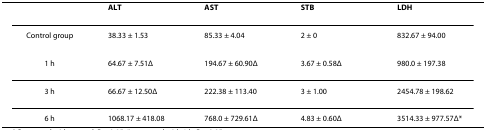
|  | ALT | AST | STB | LDH |
 | --- | --- | --- | --- | --- |
 | Control group | 38.33 ± 1.53 | 85.33 ± 4.04 | 2 ± 0 | 832.67 ± 94.00 |
 | 1 h | 64.67 ± 7.51Δ | 194.67 ± 60.90Δ | 3.67 ± 0.58Δ | 980.0 ± 197.38 |
 | 3 h | 66.67 ± 12.50Δ | 222.38 ± 113.40 | 3 ± 1.00 | 2454.78 ± 198.62 |
 | 6 h | 1068.17 ± 418.08 | 768.0 ± 729.61Δ | 4.83 ± 0.60Δ | 3514.33 ± 977.57Δ* |